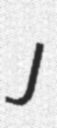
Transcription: J